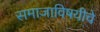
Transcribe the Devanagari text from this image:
समाजाविषयीचे